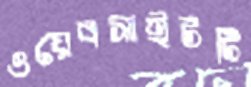
ওয়েবসাইটটি